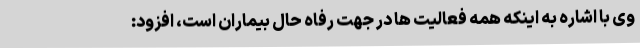
وی با اشاره به اینکه همه فعالیت ها در جهت رفاه حال بیماران است، افزود: